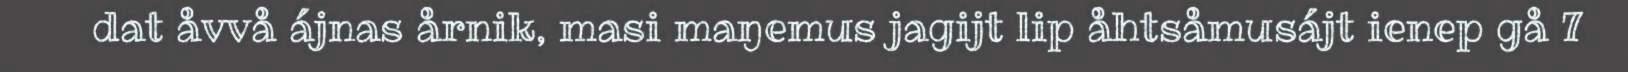
dat åvvå ájnas årnik, masi maŋemus jagijt lip åhtsåmusájt ienep gå 7